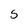
Character: S